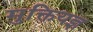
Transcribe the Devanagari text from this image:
मुक्तियज्ञ